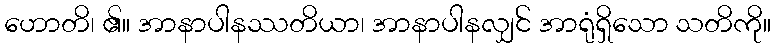
ဟောတိ၊ ၏။ အာနာပါနဿတိယာ၊ အာနာပါနလျှင် အာရုံရှိသော သတိကို။